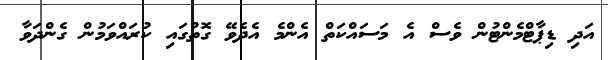
އަދި ޑިޕާޓްމެންޓުން ވެސް އެ މަސައްކަތް އެންމެ އެދެވޭ ގޮތުގައި ކުރައްވަމުން ގެންދަވާ